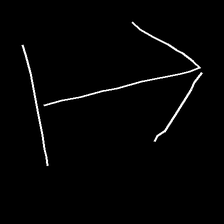
Glyph: levitation